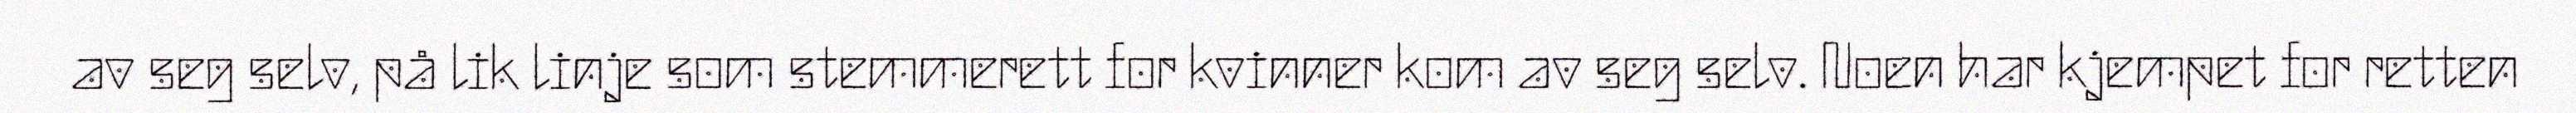
av seg selv, på lik linje som stemmerett for kvinner kom av seg selv. Noen har kjempet for retten